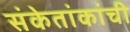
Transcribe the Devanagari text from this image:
संकेतांकांची